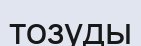
тозуды